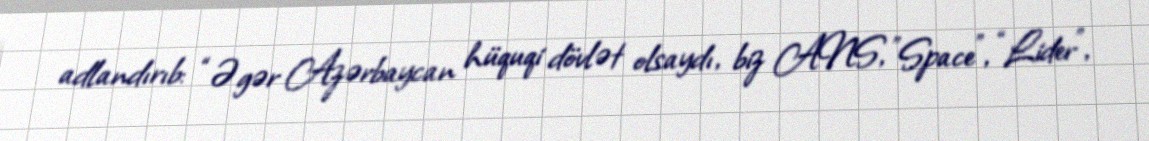
adlandırıb: “Əgər Azərbaycan hüquqi dövlət olsaydı, biz ANS, ”Space", “Lider”,